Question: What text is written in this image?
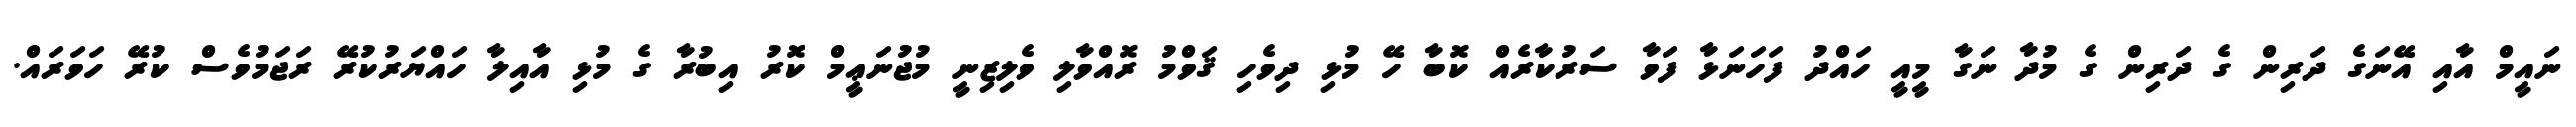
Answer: ނައީމް އާއި އޭނަގެ ދަރިން ގެ ދަރިން ގެ މުދާ ނަގާ މީއީ ހައްދު ފަހަނަޅާ ފަވާ ސަރުކާރެއް ކޮބާ ހޭ މުޅި ދިވެހި ޤަވްމު ރޮއްވާލި ވެލިޒިނީ މުޖުނަޢީމް ކޮރު އިބުރާ ގެ މުޅި އާއިލާ ހައްޔަރުކުރޭ ރަޖަމުވެސް ކުރޭ ހަވަރައް.